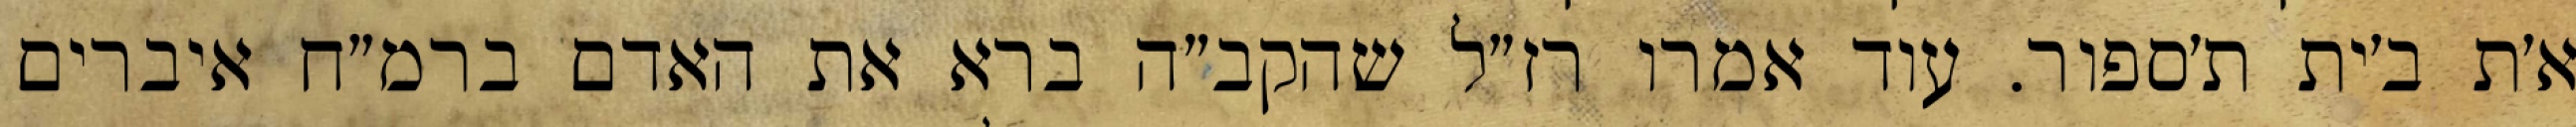
א׳ת ב׳ית ת׳ספור. עוד אמרו רז״ל שהקב״ה ברא את האדם ברמ״ח איברים